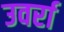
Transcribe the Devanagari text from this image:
उवर्रा